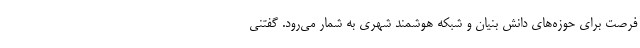
فرصت برای حوزه‌های دانش بنیان و شبکه هوشمند شهری به شمار می‌رود. گفتنی